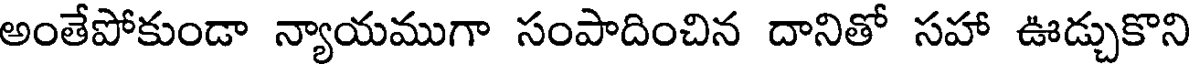
అంతేపోకుండా న్యాయముగా సంపాదించిన దానితో సహా ఊడ్చుకొని